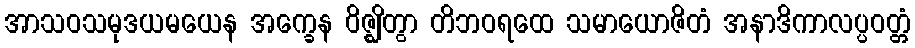
အာသဝသမုဒယမယေန အက္ခေန ဝိဇ္ဈိတွာ တိဘဝရထေ သမာယောဇိတံ အနာဒိကာလပ္ပဝတ္တံ